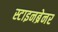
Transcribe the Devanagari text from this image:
स्टाइनब्रेनर